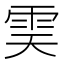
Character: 𩂉